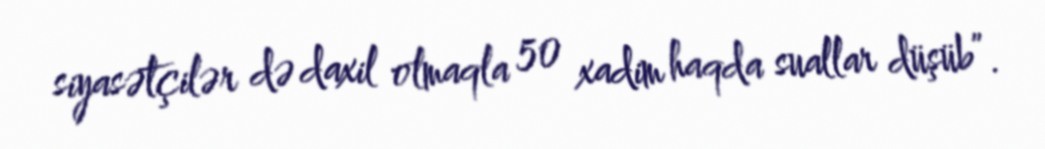
siyasətçilər də daxil olmaqla 50 xadim haqda suallar düşüb”.